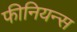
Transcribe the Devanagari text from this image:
फीनियन्स